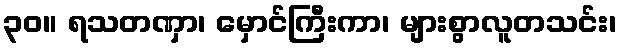
၃၀။ ရသတဏှာ၊ မှောင်ကြီးကာ၊ များစွာလူတသင်း၊